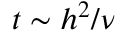
t \sim h ^ { 2 } / \nu